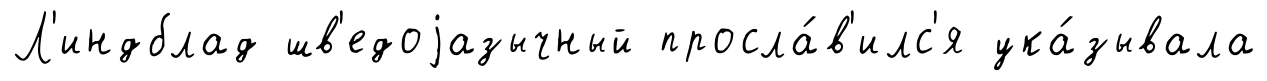
Л'индблад шв'едоjазычный просла́в'илс'я ука́зывала